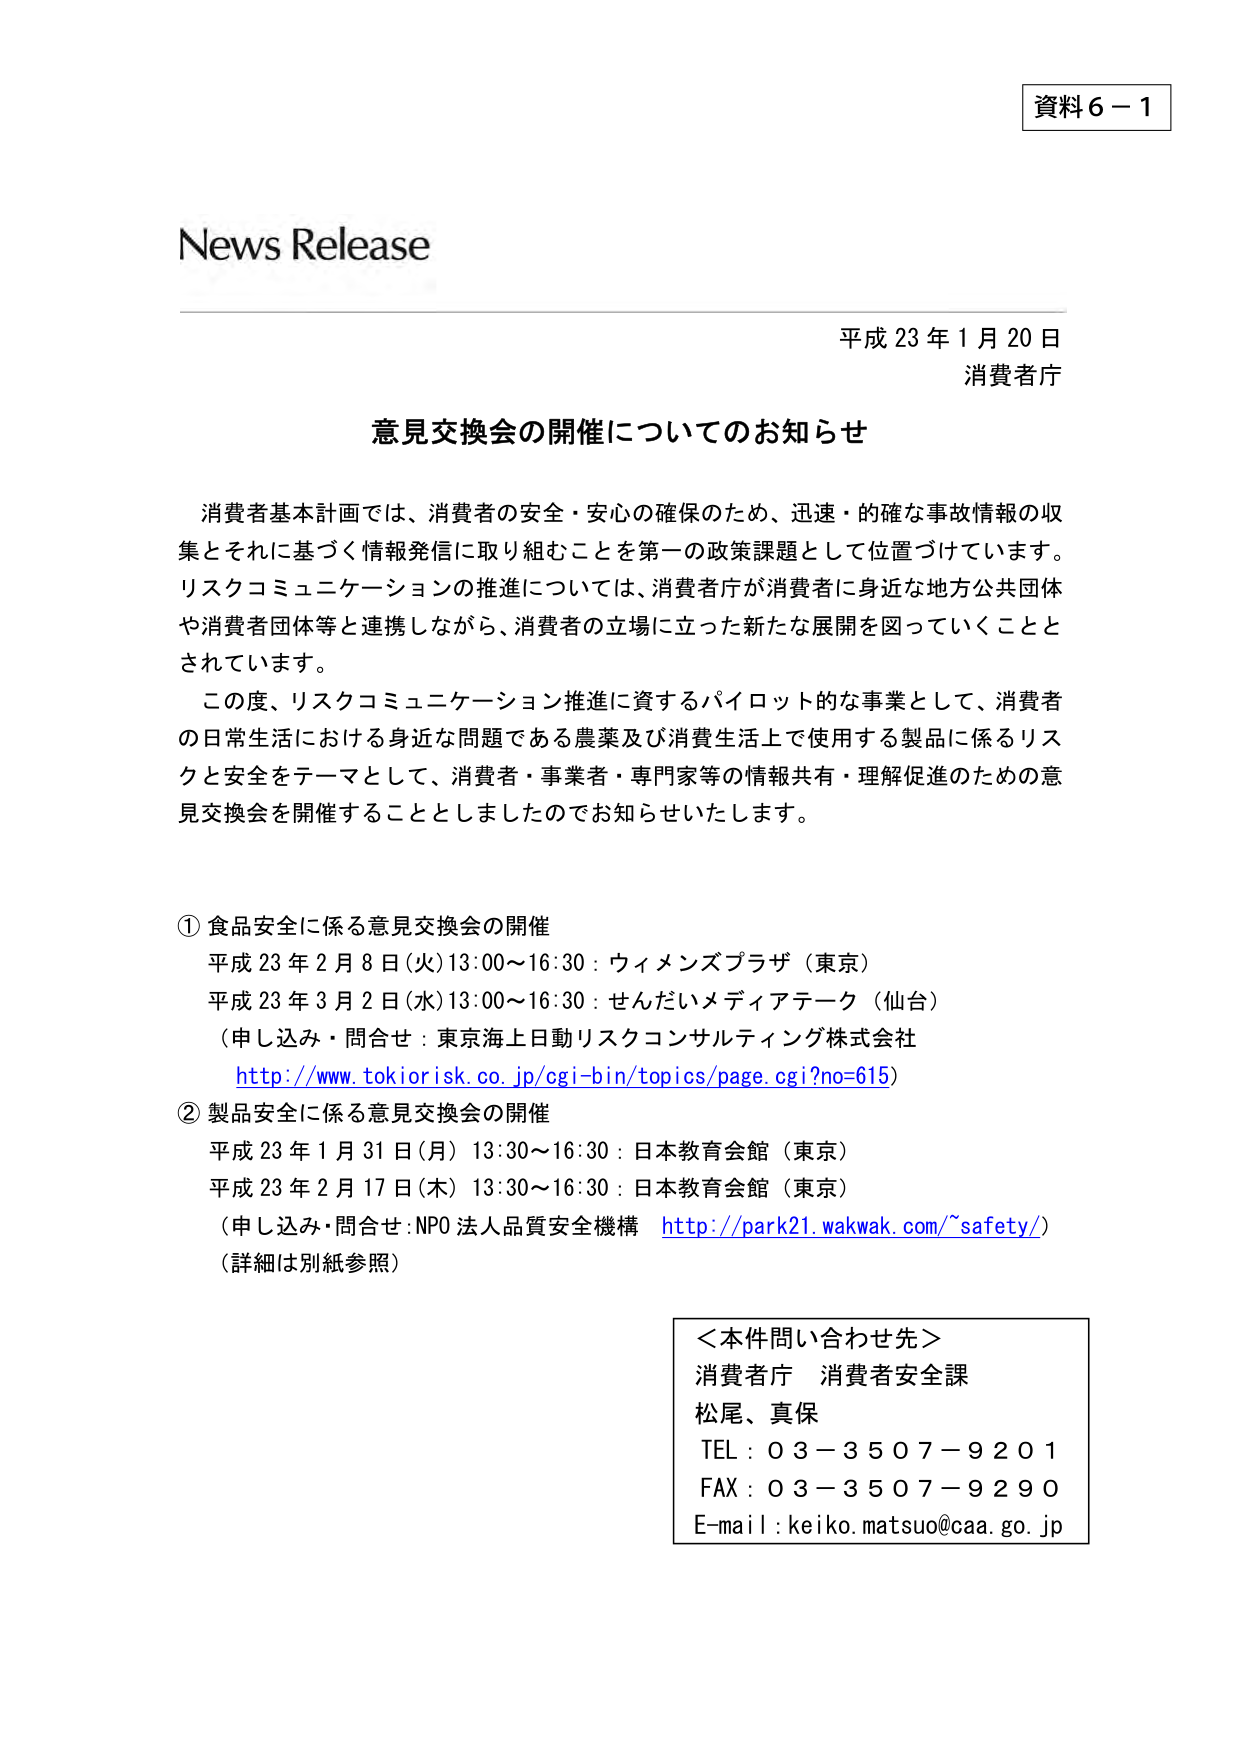
資料６－１

News Release

平成 23 年 1 月 20 日
消費者庁

意見交換会の開催についてのお知らせ

消費者基本計画では、消費者の安全・安心の確保のため、迅速・的確な事故情報の収集とそれに基づく情報発信に取り組むことを第一の政策課題として位置づけています。リスクコミュニケーションの推進については、消費者庁が消費者に身近な地方公共団体や消費者団体等と連携しながら、消費者の立場に立った新たな展開を図っていくこととされています。

この度、リスクコミュニケーション推進に資するパイロット的な事業として、消費者の日常生活における身近な問題である農薬及び消費生活上で使用する製品に係るリスクと安全をテーマとして、消費者・事業者・専門家等の情報共有・理解促進のための意見交換会を開催することとしましたのでお知らせいたします。

① 食品安全に係る意見交換会の開催
平成 23 年 2 月 8 日（火）13:00～16:30：ウィメンズプラザ（東京）
平成 23 年 3 月 2 日（水）13:00～16:30：せんだいメディアテーク（仙台）
（申し込み・問合せ：東京海上日動リスクコンサルティング株式会社
http://www.tokiorisk.co.jp/cgi-bin/topics/page.cgi?no=615）

② 製品安全に係る意見交換会の開催
平成 23 年 1 月 31 日（月）13:30～16:30：日本教育会館（東京）
平成 23 年 2 月 17 日（木）13:30～16:30：日本教育会館（東京）
（申し込み・問合せ：NPO 法人品質安全機構 http://park21.wakwak.com/~safety/）
（詳細は別紙参照）

＜本件問い合わせ先＞
消費者庁 消費者安全課
松尾、真保
TEL：03－3507－9201
FAX：03－3507－9290
E-mail：keiko.matsuo@caa.go.jp